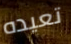
تعيده